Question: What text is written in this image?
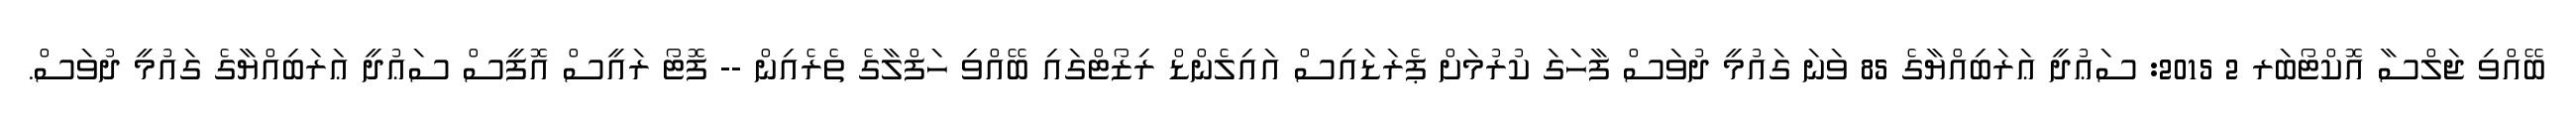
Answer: ބޭއްވި ޖަލްސާ އޮކްޓޯބަރ 2 2015: ސަޢުދީ ޢަރަބިއްޔާގެ 85 ވަނަ ގައުމީ ދުވަސް ފާހަގަ ކުރުމަށް ޕެރަޑައިސް އައިލެންޑް ރިޒޯޓްގައި ބޭއްވި ހަފްލާގެ ތެރެއިން -- ފޮޓޯ ރައީސް އޮފީސް ސަޢުދީ ޢަރަބިއްޔާގެ ގައުމީ ދުވަސް.